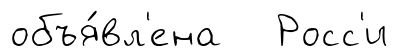
объя́вл'ена Росс'и